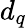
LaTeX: d_{q}